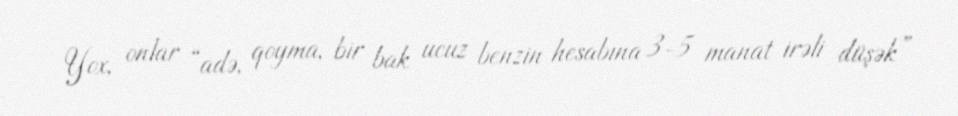
Yox, onlar “adə, qoyma, bir bak ucuz benzin hesabına 3-5 manat irəli düşək”